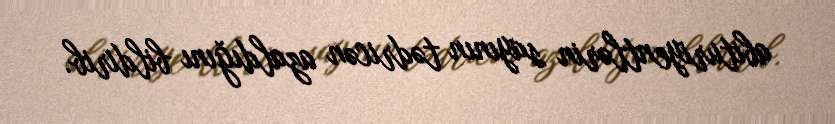
abituriyentlərin sayının tədricən azaldığını bildirib.